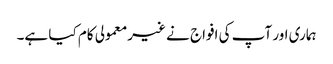
ہماری اور آپ کی افواج نے غیرمعمولی کام کیا ہے۔